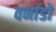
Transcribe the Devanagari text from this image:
वर्नाडो